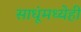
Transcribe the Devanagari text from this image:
साधूंमध्येही